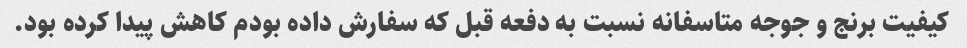
کیفیت برنج و جوجه متاسفانه نسبت به دفعه قبل که سفارش داده بودم کاهش پیدا کرده بود.